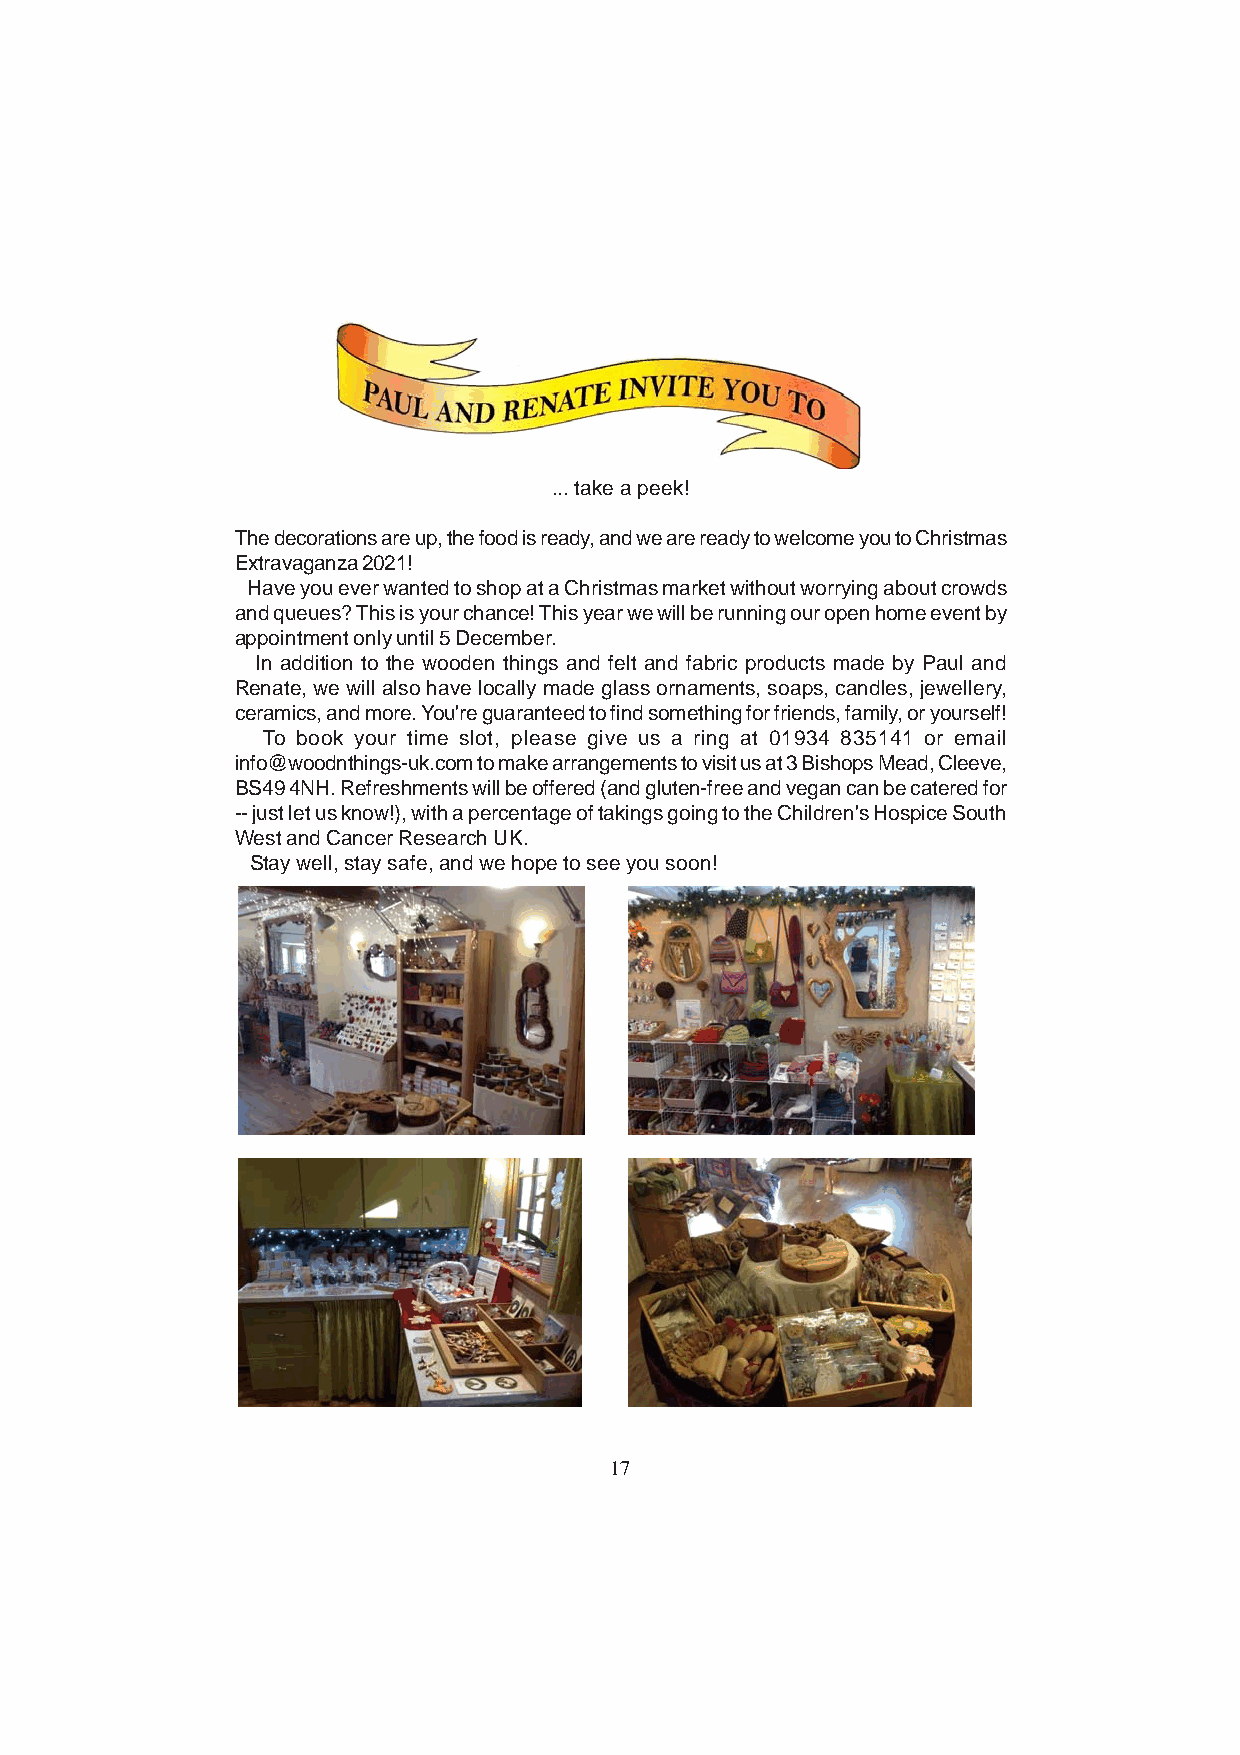
... take a peek!
 The decorations are up, the food is ready, and we are ready to welcome you to Christmas
 Extravaganza 2021!
 Have you ever wanted to shop at a Christmas market without worrying about crowds
 and queues? This is your chance! This year we will be running our open home event by
 appointment only until 5 December.
 In addition to the wooden things and felt and fabric products made by Paul and
 Renate, we will also have locally made glass ornaments, soaps, candles, jewellery,
 ceramics, and more. You're guaranteed to find something for friends, family, or yourself!
 To book your time slot, please give us a ring at 01934 835141 or email
 info@woodnthings-uk.com to make arrangements to visit us at 3 Bishops Mead, Cleeve,
 BS49 4NH. Refreshments will be offered (and gluten-free and vegan can be catered for
 -- just let us know!), with a percentage of takings going to the Children's Hospice South
 West and Cancer Research UK.
 Stay well, stay safe, and we hope to see you soon!
 17